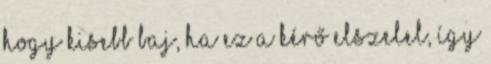
hogy kisebb baj, ha ez a kérő elszelel, így